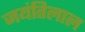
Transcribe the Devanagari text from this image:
जयंतिलाल